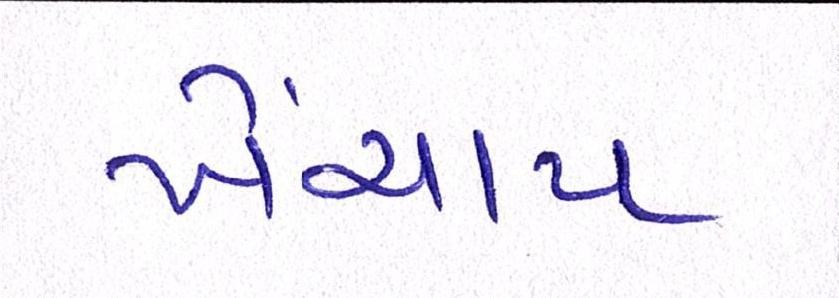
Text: ખેંચાય